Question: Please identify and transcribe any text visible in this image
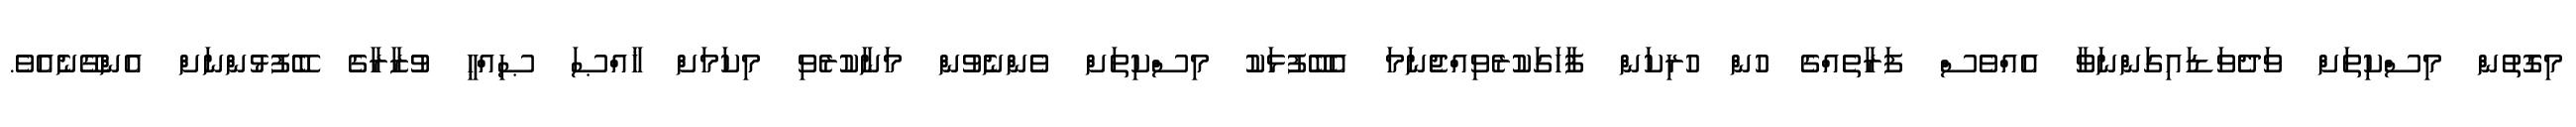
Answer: މިގޮތުން މިސްކިތަށް ވަދެވަޑައިގަންނަވާ އެއްވެސް ފަރާތެއްގެ ހުން ހުރިކަން ފާހަގަކުރެވިއްޖެނަމަ އެބޭފުޅަކު މިސްކިތަށް ވެންނެވުން މަނާކުރެވި މިކަމަށް ޚާއްޞަ ޞިއްޙީ ވުޒާރާގެ ބޭފުޅުންނަށް އެންގޭނެއެވެ.